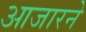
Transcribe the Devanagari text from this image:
आजारने